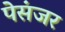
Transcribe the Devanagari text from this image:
पेसंजर